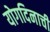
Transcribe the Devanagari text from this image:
योगदिनाची